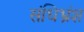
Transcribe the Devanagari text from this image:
संधिभ्रंश